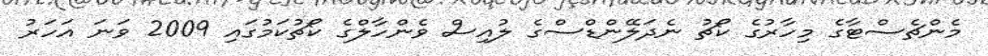
މެންޗެސްޓާގެ މިހާރުގެ ކޯޗު ނެދަލޭންޑްސްގެ ލުއިސް ވެންހާލްގެ ކޯޗުކަމުގައި 2009 ވަނަ އަހަރު